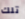
تلك